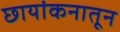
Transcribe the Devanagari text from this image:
छायांकनातून